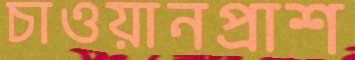
চাওয়ানপ্রাশ